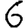
Digit: 6